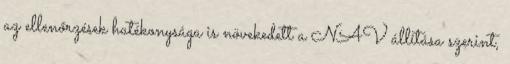
az ellenőrzések hatékonysága is növekedett a NAV állítása szerint,